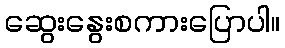
ဆွေးနွေးစကားပြောပါ။